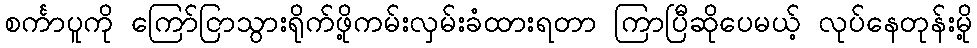
စင်္ကာပူကို ကြော်ငြာသွားရိုက်ဖို့ကမ်းလှမ်းခံထားရတာ ကြာပြီဆိုပေမယ့် လုပ်နေတုန်းမို့